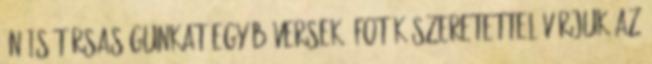
ÖN IS TÁRSASÁGUNKAT Egyéb versek, fotók SZERETETTEL VÁRJUK AZ